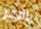
بالآخر